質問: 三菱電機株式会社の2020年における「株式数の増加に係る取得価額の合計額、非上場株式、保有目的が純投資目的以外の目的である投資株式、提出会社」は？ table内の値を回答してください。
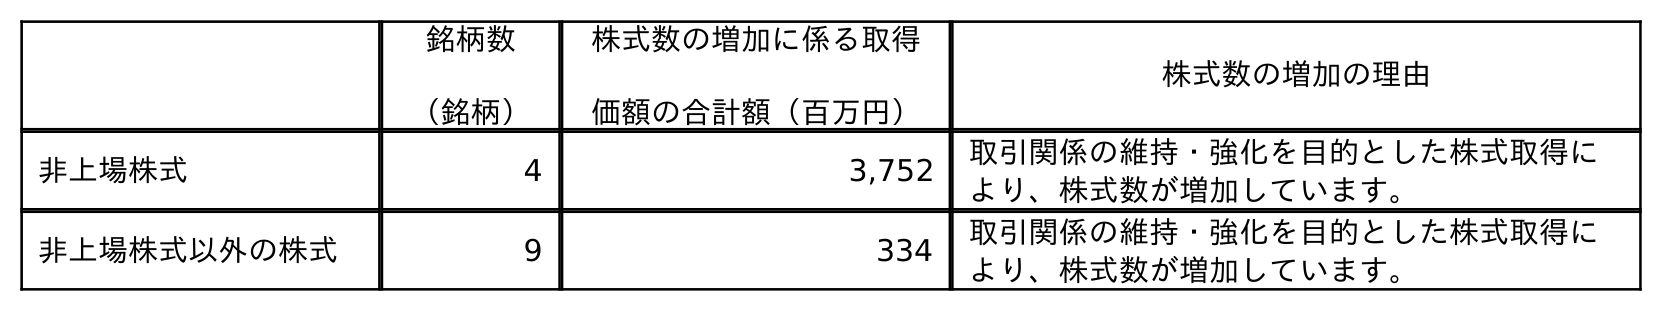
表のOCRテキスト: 銘柄数 （銘柄） 株式数の増加に係る取得 価額の合計額（百万円） 株式数の増加の理由 非上場株式 4 3,752 取引関係の維持・強化を目的とした株式取得に より、株式数が増加しています。 非上場株式以外の株式 9 334 取引関係の維持・強化を目的とした株式取得に より、株式数が増加しています。
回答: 3,752